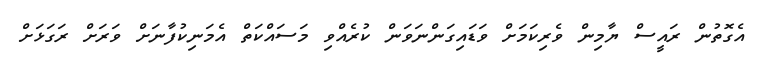
އެގޮތުން ރައީސް ޔާމިން ވެރިކަމަށް ވަޑައިގަންނަވަން ކުރެއްވި މަސައްކަތް އެމަނިކުފާނަށް ވަރަށް ރަގަޅަށް